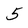
Character: 5